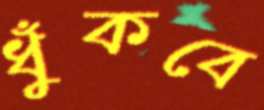
ধুঁকবে